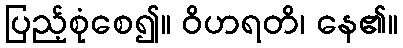
ပြည့်စုံစေ၍။ ဝိဟရတိ၊ နေ၏။